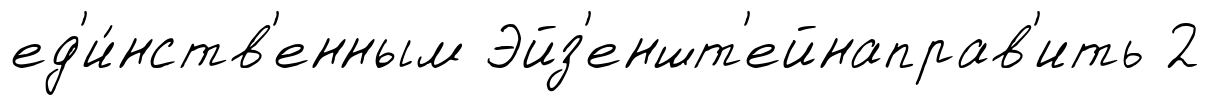
ед'и́нств'енным Эйз'еншт'ейнаправ'ить 2